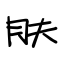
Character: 肤